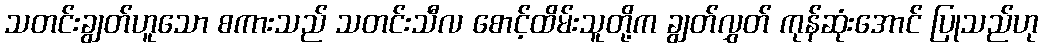
သတင်းချွတ်ဟူသော စကားသည် သတင်းသီလ စောင့်ထိမ်းသူတို့က ချွတ်လွှတ် ကုန်ဆုံးအောင် ပြုသည်ဟု